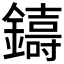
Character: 𮣑